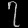
Digit: ၇